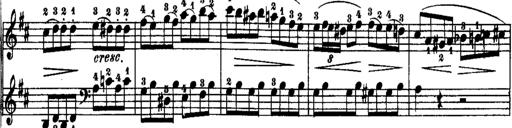
Title: Rondos and Sonatinas for Pianoforte
Composer: Daniel Steibelt